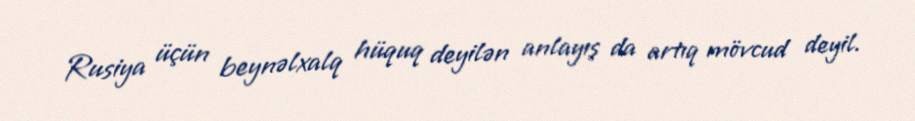
Rusiya üçün beynəlxalq hüquq deyilən anlayış da artıq mövcud deyil.